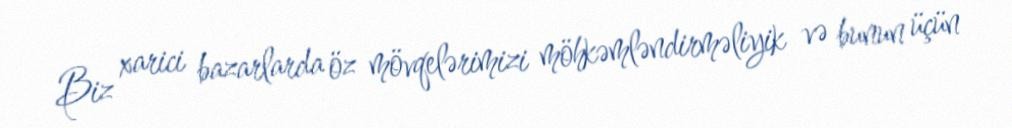
Biz xarici bazarlarda öz mövqelərimizi möhkəmləndirməliyik və bunun üçün